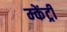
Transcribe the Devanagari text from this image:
म्केंट्री